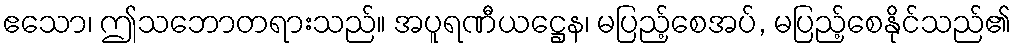
ဧသော၊ ဤသဘောတရားသည်။ အပူရဏီယဋ္ဌေန၊ မပြည့်စေအပ်, မပြည့်စေနိုင်သည်၏